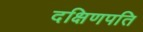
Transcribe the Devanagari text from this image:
दक्षिणपति